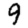
Digit: 9